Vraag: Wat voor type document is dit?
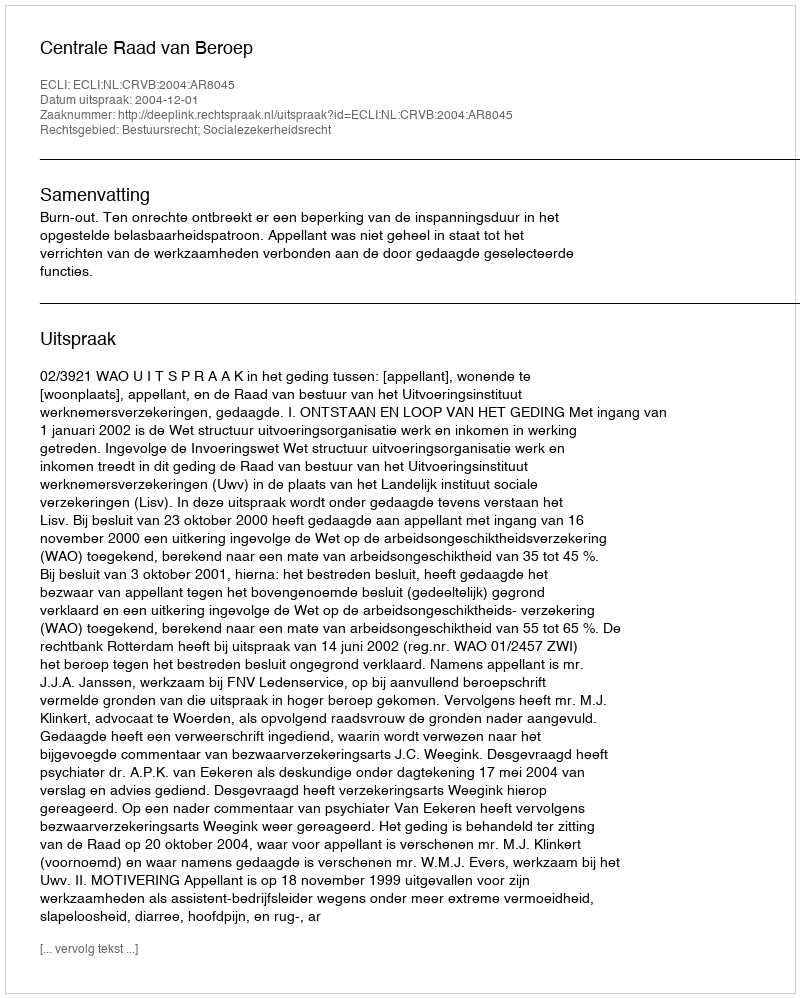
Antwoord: Uitspraak